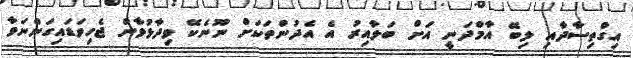
އިގްތިސާދާއި ލިބޭ އާމްދަނީ އަށް ބަލާއިރު އެ އެދުންތަކަށް ނޫނެކޭ ވިދާޅުވާން ޖެހިވަޑައިގަންނަވާ